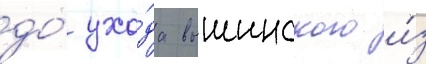
до́ ухо́да вышинского и́з